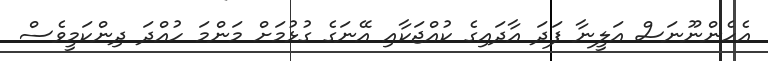
އެހެންނޫނަސް އަލީނާ ފަދަ އާދައިގެ ކުއްޖަކާއި އޭނަގެ ގުޅުމަށް މަންމަ ހުއްދަ ދިންކަމީވެސް